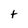
Character: t